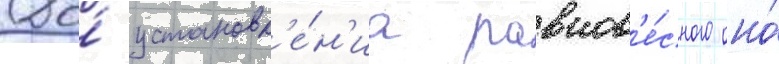
До́ установл'е́н'иа равнов'е́сного оно́